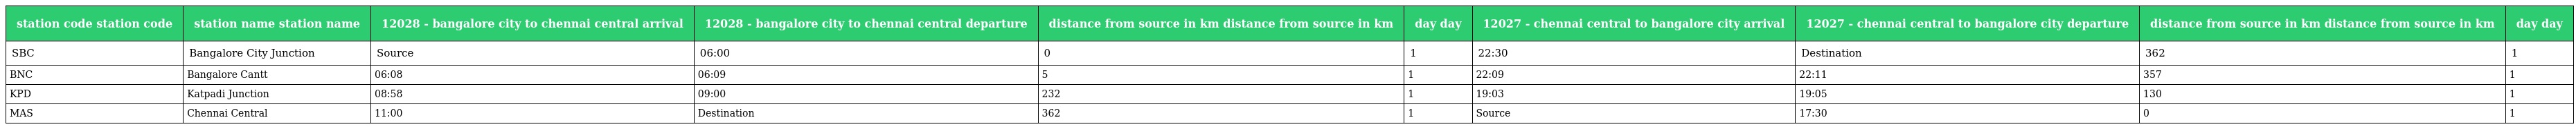
| station code station code | station name station name | 12028 - bangalore city to chennai central arrival | 12028 - bangalore city to chennai central departure | distance from source in km distance from source in km | day day | 12027 - chennai central to bangalore city arrival | 12027 - chennai central to bangalore city departure | distance from source in km distance from source in km | day day |
 | --- | --- | --- | --- | --- | --- | --- | --- | --- | --- |
 | SBC | Bangalore City Junction | Source | 06:00 | 0 | 1 | 22:30 | Destination | 362 | 1 |
 | BNC | Bangalore Cantt | 06:08 | 06:09 | 5 | 1 | 22:09 | 22:11 | 357 | 1 |
 | KPD | Katpadi Junction | 08:58 | 09:00 | 232 | 1 | 19:03 | 19:05 | 130 | 1 |
 | MAS | Chennai Central | 11:00 | Destination | 362 | 1 | Source | 17:30 | 0 | 1 |